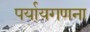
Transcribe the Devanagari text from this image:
पर्यायगणना